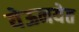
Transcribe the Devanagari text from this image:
येऊनयेत